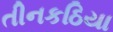
તીનકઠિયા